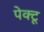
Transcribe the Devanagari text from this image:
पेक्टू